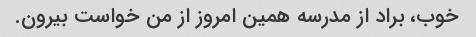
خوب، براد از مدرسه همین امروز از من خواست بیرون.